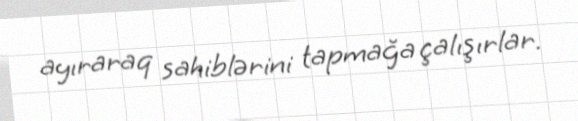
ayıraraq sahiblərini tapmağa çalışırlar.